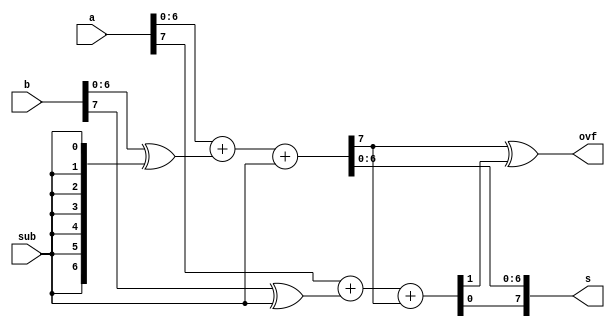
module AddSub_Beh(a,b,sub,s,ovf);
		parameter n = 8;		
		input [n-1:0] a,b;
		input sub;
		output [n-1:0] s;
		output ovf;

		wire c1,c2 ; // c1 for cout_n-1,  c2 for cout_n
		assign ovf = c1 ^ c2; // overflow detector

		// adding non sign bits
		assign {c1,s[n-2:0]}  =  a[n-2:0] + (b[n-2:0] ^ {n-1{sub}}) + sub;
		// adding signed bits
		assign {c2, s[n-1] } = a[n-1] + (b[n-1]^ sub) + c1;
endmodule